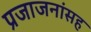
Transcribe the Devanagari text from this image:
प्रजाजनांसह